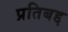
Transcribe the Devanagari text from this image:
प्रतिबद्द